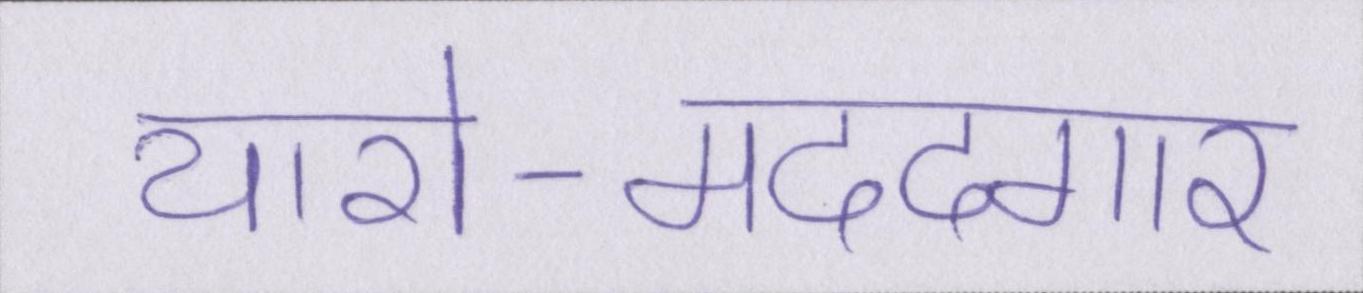
यारो-मददगार